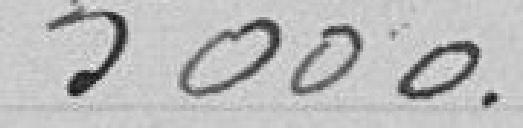
5000